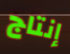
إنتاج